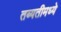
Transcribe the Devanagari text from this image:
तब्यतीमध्ये